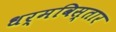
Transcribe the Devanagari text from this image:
धर्मविस्तार